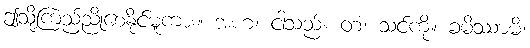
ဤသို့ကြည်ညိုစေနိုင်မူကား။ အဟံ၊ ငါသည်။ တံ၊ သင်ကို။ ခမိဿာမိ၊